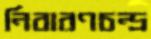
নিবারণচন্দ্র